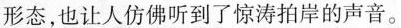
形态，也让人仿佛听到了惊涛拍岸的声音。